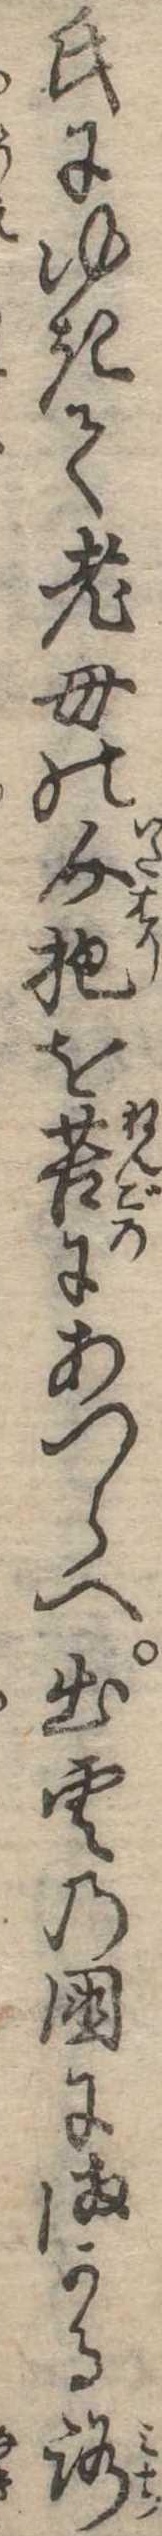
氏にゆきて老母の介抱を苦にあつらへ出雲の国にまかる路